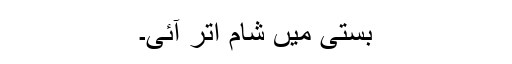
بستی میں شام اتر آئی۔